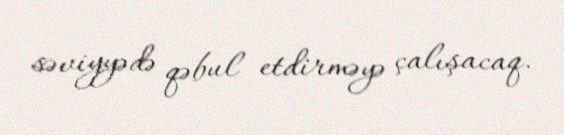
səviyyədə qəbul etdirməyə çalışacaq.